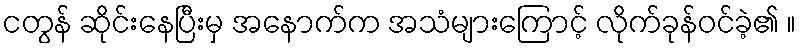
ငတွန် ဆိုင်းနေပြီးမှ အနောက်က အသံများကြောင့် လိုက်ခုန်ဝင်ခဲ့၏ ။